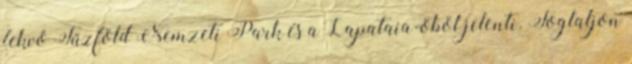
fekvő Tűzföld Nemzeti Park és a Lapataia-öböl jelenti. Foglaljon